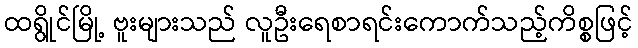
ထရွိုင်မြို့ ဗူးများသည် လူဦးရေစာရင်းကောက်သည့်ကိစ္စဖြင့်